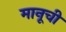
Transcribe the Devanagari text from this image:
मानूची